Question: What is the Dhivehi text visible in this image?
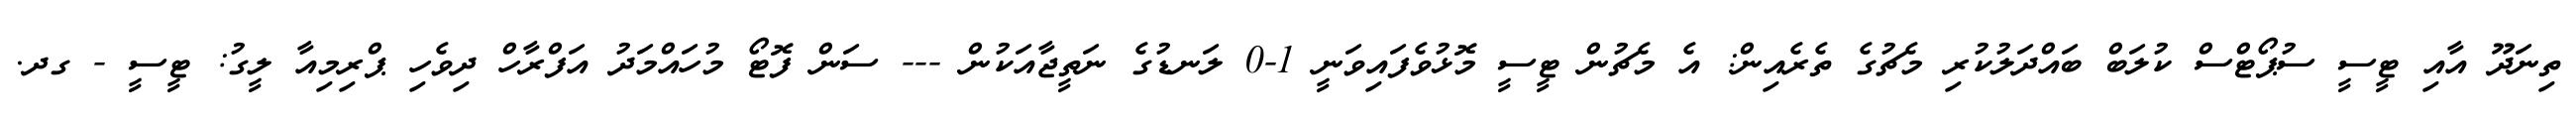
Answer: ތިނަދޫ އާއި ޓީސީ ސުޕޯޓްސް ކުލަބް ބައްދަލުކުރި މެޗުގެ ތެރެއިން: އެ މެޗުން ޓީސީ މޮޅުވެފައިވަނީ 1-0 ލަނޑުގެ ނަތީޖާއަކުން --- ސަން ފޮޓޯ މުހައްމަދު އަފްރާހް ދިވެހި ޕްރިމިއާ ލީގު: ޓީސީ - ގދ.